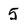
Character: 5